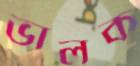
ভালক